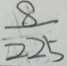
\frac { 8 } { 2 2 5 }